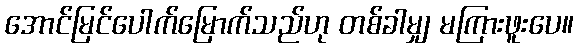
အောင်မြင်ပေါက်မြောက်သည်ဟု တစ်ခါမျှ မကြားဖူးပေ။